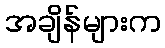
အချိန်များက